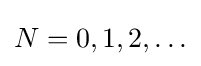
N=0,1,2,\ldots